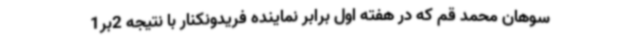
سوهان محمد قم که در هفته اول برابر نماینده فریدونکنار با نتیجه 2بر1